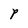
Character: P